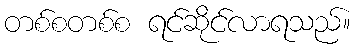
တစ်စတစ်စ ရင်ဆိုင်လာရသည်။